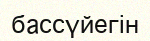
бассүйегін